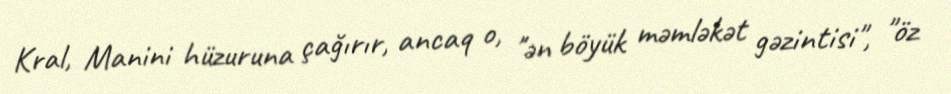
Kral, Manini hüzuruna çağırır, ancaq o, "ən böyük məmləkət gəzintisi", "öz